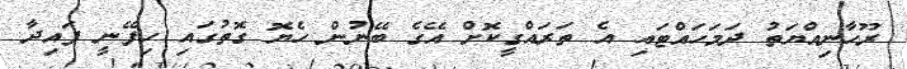
ރޫހާނިއްޔަތު ދަމަހައްޓައި އެ ތަރައްގީކޮށް އޭގެ ބޭނުން ހެޔޮ ގޮތުގައި ހިފޭނީ ފައިދާ